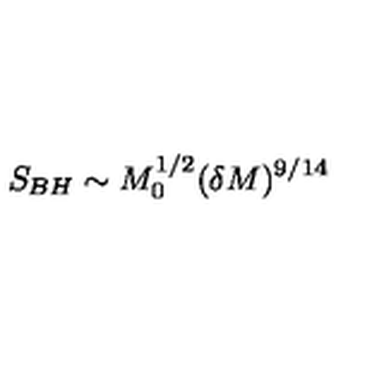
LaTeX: S _ { B H } \sim M _ { 0 } ^ { 1 / 2 } ( \delta M ) ^ { 9 / 1 4 }